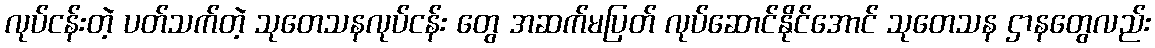
လုပ်ငန်းတဲ့ ပတ်သက်တဲ့ သုတေသနလုပ်ငန်း တွေ အဆက်မပြတ် လုပ်ဆောင်နိုင်အောင် သုတေသန ဌာနတွေလည်း